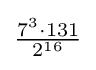
{\tfrac {7^{3}\cdot 131}{2^{16}}}